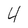
Character: 4